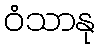
ဝံသာနု